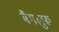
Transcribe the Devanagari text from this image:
बैगलुरू